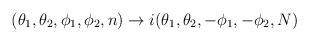
LaTeX: \begin{align*}(\theta _{1},\theta _{2},\phi _{1},\phi _{2},n)\rightarrow i(\theta_{1},\theta _{2},-\phi _{1},-\phi _{2},N) \end{align*}